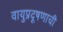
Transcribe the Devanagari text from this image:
वायुप्रदूषणाची